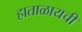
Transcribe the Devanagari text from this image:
हाताळायची